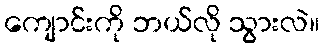
ကျောင်းကို ဘယ်လို သွားလဲ။